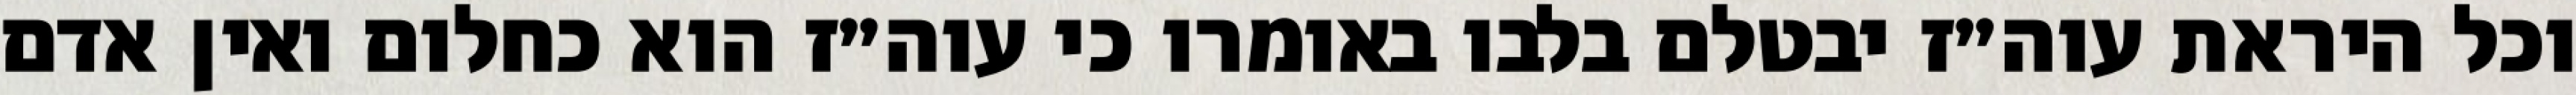
וכל היראת עוה״ז יבטלם בלבו באומרו כי עוה״ז הוא כחלום ואין אדם